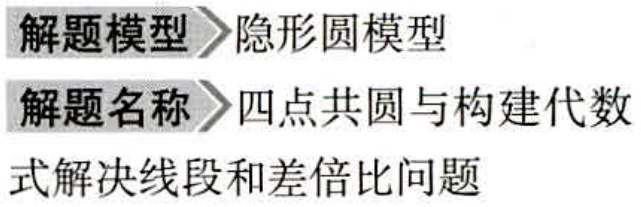
解题模型 \(\rhd\) 隐形圆模型

解题名称 \(\rhd\) 四点共圆与构建代数式解决线段和差倍比问题